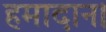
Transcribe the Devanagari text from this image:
हमादान।